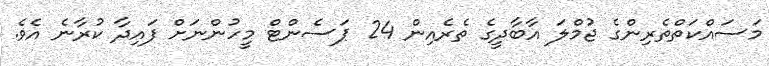
މަސައްކަތްތެރިންގެ ޖުމްލަ އާބާދީގެ ތެރެއިން 24 ޕަސެންޓް މީހުންނަށް ފައިދާ ކުރާނެ އެވެ.